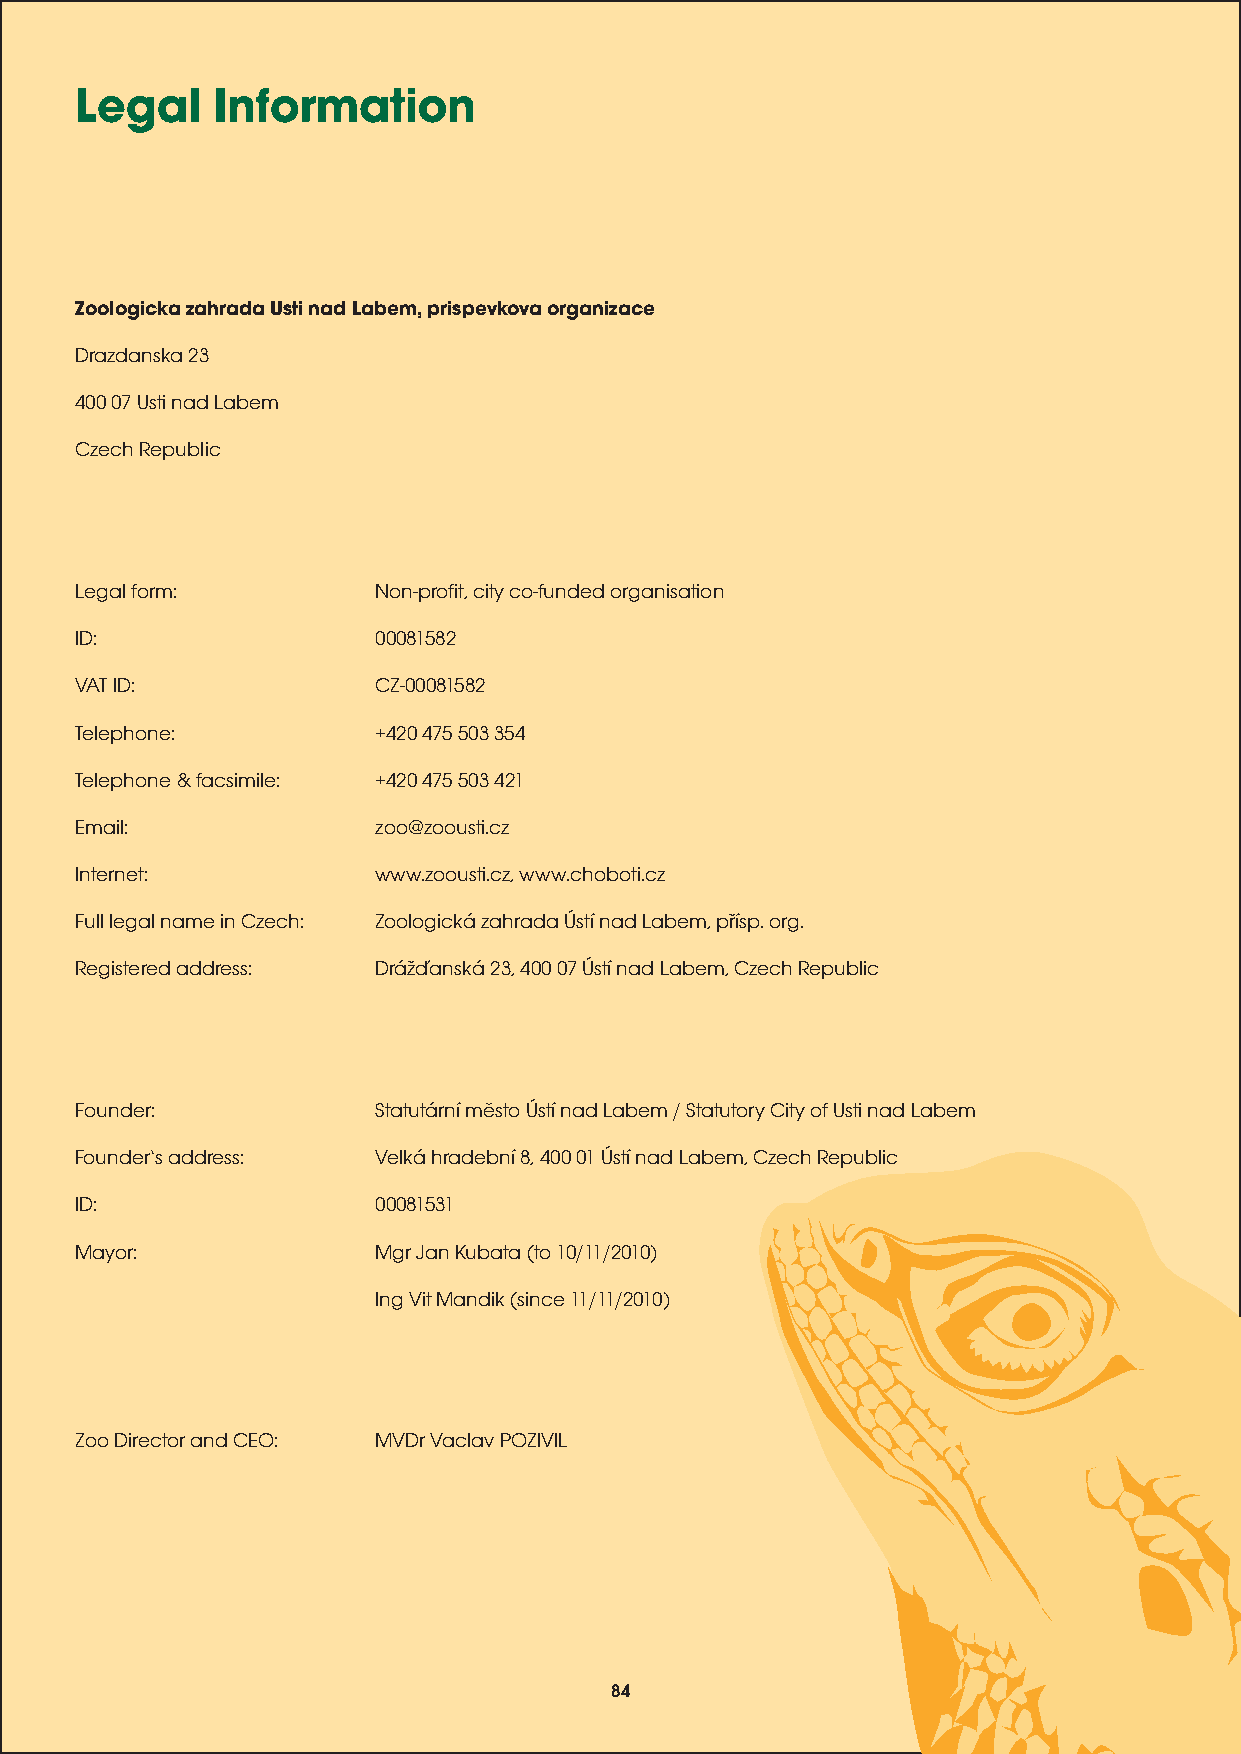
Legal    Information
 Zoologicka zahrada Usti nad Labem, prispevkova organizace
 Drazdanska 23
 400 07 Usti nad Labem
 Czech Republic
 Legal form:         Non-profit, city co-funded organisation
 ID:                 00081582
 VAT ID:             CZ-00081582
 Telephone:          +420 475 503 354
 Telephone & facsimile: +420 475 503 421
 Email:              zoo@zoousti.cz
 Internet:           www.zoousti.cz, www.choboti.cz
 Full legal name in Czech: Zoologická zahrada Ústí nad Labem, pøísp. org.
 Registered address: Dráïanská 23, 400 07 Ústí nad Labem, Czech Republic
 Founder:            Statutární mìsto Ústí nad Labem / Statutory City of Usti nad Labem
 Founders address:  Velká hradební 8, 400 01 Ústí nad Labem, Czech Republic
 ID:                 00081531
 Mayor:              Mgr Jan Kubata (to 10/11/2010)
 Ing Vit Mandik (since 11/11/2010)
 Zoo Director and CEO: MVDr Vaclav POZIVIL
 84